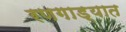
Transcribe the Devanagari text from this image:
रणगाड्यात